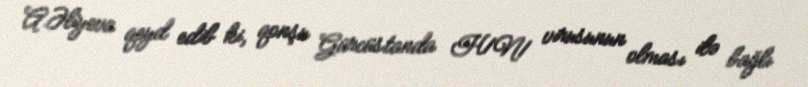
A.Əliyeva qeyd edib ki, qonşu Gürcüstanda H1N1 virusunun olması ilə bağlı